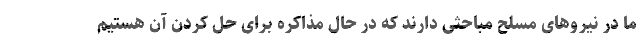
ما در نیروهای مسلح مباحثی دارند که در حال مذاکره برای حل کردن آن هستیم